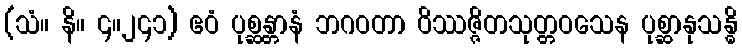
(သံ။ နိ။ ၄။၂၄၁) ဧဝံ ပုစ္ဆန္တာနံ ဘဂဝတာ ဝိဿဇ္ဇိတသုတ္တဝသေန ပုစ္ဆာနုသန္ဓိ